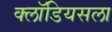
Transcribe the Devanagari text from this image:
क्लॉडियसला